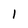
Character: 1